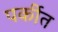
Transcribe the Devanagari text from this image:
पर्कीत